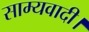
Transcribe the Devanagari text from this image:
साम्यवादी।